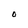
Character: O